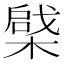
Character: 𣙅